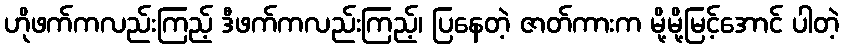
ဟိုဖက်ကလည်းကြည့် ဒီဖက်ကလည်းကြည့်၊ ပြနေတဲ့ ဇာတ်ကားက မို့မို့မြင့်အောင် ပါတဲ့